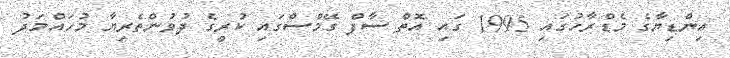
އިންޑިޔާގެ މެޑްރާހުގައި 1995 ގައި އޮތް ސާފް ގޭމްސްގައި ކުރީގެ ދުވުންތެރިޔާ މުހައްމަދު